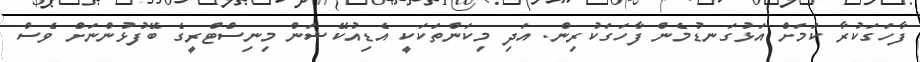
ފާހަގަކުރާ ކަަމަށް އަޅުގަނޑުމެން ފާހަގަކުރިން. އަދި މިކަންތަކަކީ އެޑިއުކޭޝަން މިނިސްޓްރީގެ ބޭފުޅުންނަށް ވެސް